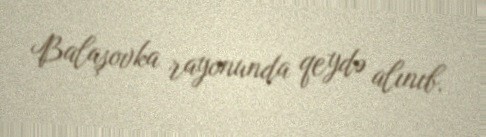
Balaşovka rayonunda qeydə alınıb.